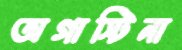
অগাস্টিনা